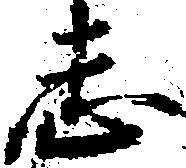
志